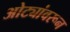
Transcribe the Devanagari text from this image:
ओट्यांवरून